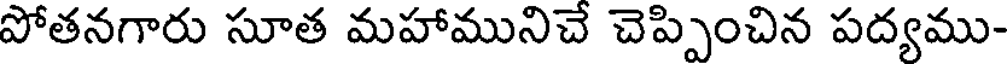
పోతనగారు సూత మహామునిచే చెప్పించిన పద్యము-